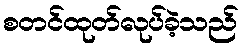
စတင်ထုတ်လုပ်ခဲ့သည်